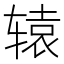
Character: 辕